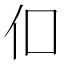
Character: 㐰